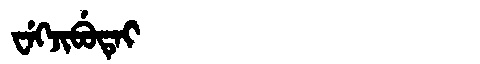
Manchu: ᠸᡝᡴᠵᡳᠪᡠᡨᡝᡳ
Romanization: WEKJIBUTEI